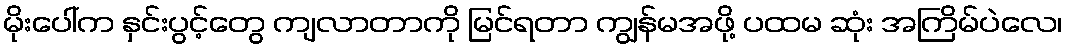
မိုးပေါ်က နှင်းပွင့်တွေ ကျလာတာကို မြင်ရတာ ကျွန်မအဖို့ ပထမ ဆုံး အကြိမ်ပဲလေ၊